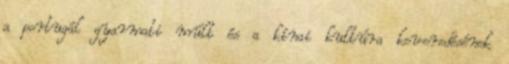
a portugál gyarmati múlt és a kínai kultúra keveredésének